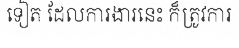
ទៀត ដែលការងារនេះ ក៏ត្រូវការ